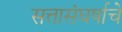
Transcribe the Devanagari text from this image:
सत्तासंघर्षाचे